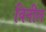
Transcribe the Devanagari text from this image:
विनील